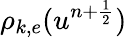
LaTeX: \rho_{k,e}(u^{n+\frac{1}{2}})